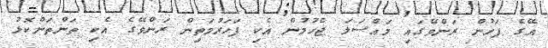
އޭގެ ފަހުން ރަންވޭގައި މައްސަލަ ޖެހުމުން އެކި ފަހަރުމަތިން ރަންވޭގެ އެކި ތަންތަންކޮޅު